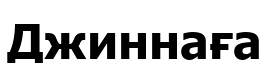
Джиннаға